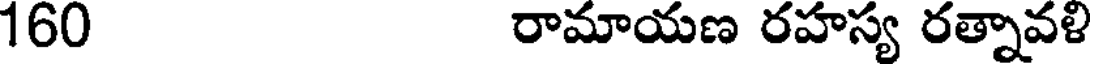
160 రామాయణ రహస్య రత్నావళి